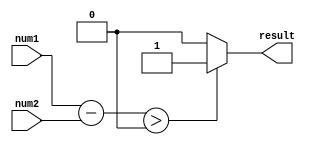
module magnitude_comparator (
    input [7:0] num1,
    input [7:0] num2,
    output reg result
);

reg [7:0] difference;

always @* begin
    difference = num1 - num2;
    
    if (difference > 0) begin
        result = 1; // num1 is greater than num2
    end
    else if (difference < 0) begin
        result = 0; // num1 is less than num2
    end
    else begin
        result = 2; // num1 is equal to num2
    end
end

endmodule